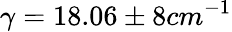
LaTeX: \gamma=18.06\pm 8cm^{-1}